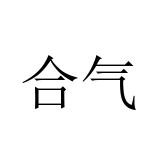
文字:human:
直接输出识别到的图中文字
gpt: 合气